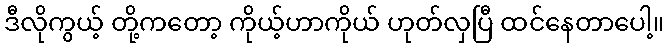
ဒီလိုကွယ့် တို့ကတော့ ကိုယ့်ဟာကိုယ် ဟုတ်လှပြီ ထင်နေတာပေါ့။